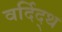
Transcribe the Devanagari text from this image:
वर्दिद्थ